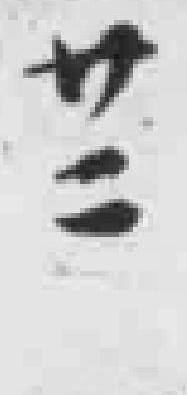
廿二